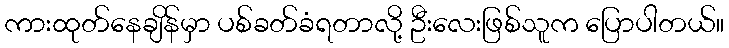
ကားထုတ်နေချိန်မှာ ပစ်ခတ်ခံရတာလို့ ဦးလေးဖြစ်သူက ပြောပါတယ်။